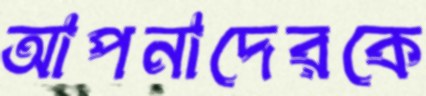
আপনাদেরকে